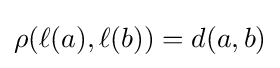
\rho (\ell (a),\ell (b))=d(a,b)